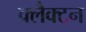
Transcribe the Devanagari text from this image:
क्लैक्टन